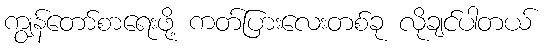
ကျွန်တော်စာရေးဖို့ ကတ်ပြားလေးတစ်ခု လိုချင်ပါတယ်